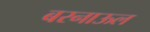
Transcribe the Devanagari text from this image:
बरनाऊल